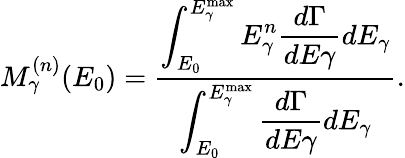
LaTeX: M_{\gamma}^{(n)}(E_{0})={\frac{\displaystyle{\int_{E_{0}}^{E_{\gamma}^{\mathrm{max}}}E_{\gamma}^{n}{\frac{d\Gamma}{dE\gamma}}dE_{\gamma}}}{\displaystyle{\int_{E_{0}}^{E_{\gamma}^{\mathrm{max}}}{\frac{d\Gamma}{dE\gamma}}dE_{\gamma}}}}.